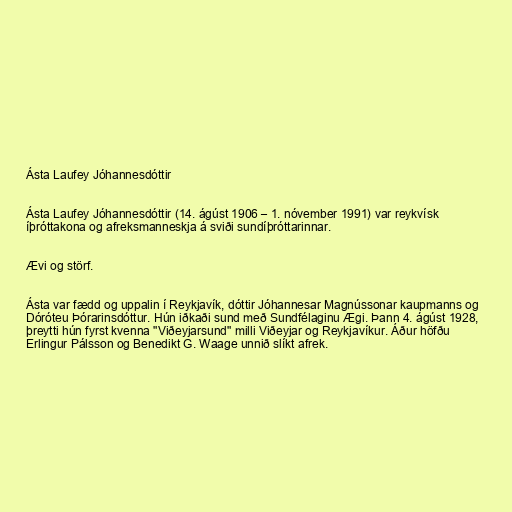
Ásta Laufey Jóhannesdóttir

Ásta Laufey Jóhannesdóttir (14. ágúst 1906 – 1. nóvember 1991) var reykvísk
íþróttakona og afreksmanneskja á sviði sundíþróttarinnar.

Ævi og störf.

Ásta var fædd og uppalin í Reykjavík, dóttir Jóhannesar Magnússonar kaupmanns og
Dóróteu Þórarinsdóttur. Hún iðkaði sund með Sundfélaginu Ægi. Þann 4. ágúst 1928,
þreytti hún fyrst kvenna "Viðeyjarsund" milli Viðeyjar og Reykjavíkur. Áður höfðu
Erlingur Pálsson og Benedikt G. Waage unnið slíkt afrek.